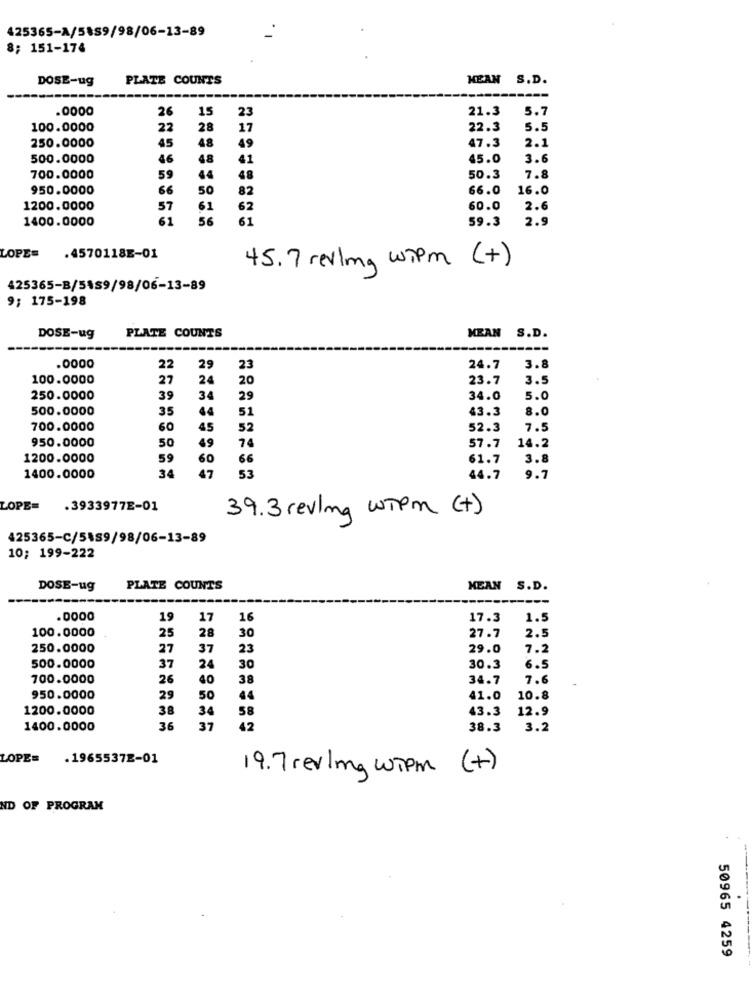
425365-A/5889/98/06-13-89
8; 151-174
DOSE-ug
PLATE COUNTS
MEAN S.D.
.0000
26
15
23
21.3
5.7
100.0000
22
28
17
22.3
5 .!
250.0000
AS
48
49
47.3
2.1
500.0000
46
48
45.0
3.6
59
700.0000
44
50.3
7.8
950.0000
66
50
82
66.0
16.0
1200.0000
57
61
62
60.0
2.6
1400.0000
61
56
61
59.3
2.9
LOPE=
.4570118E-01
45. 7 revling with (+)
425365-B/5489/98/06-13-89
9; 175-198
PLATE COUNTS
MEAN S.D.
DOSE-ug
----
.0000
22
29
23
24.7
3.8
100.0000
27
24
20
23.7
3.5
250.0000
39
34
29
34.0
5.0
500.0000
35
44
51
43.3
8.0
700.0000
60
45
52
52.3
7.5
50
49
14.2
950.0000
74
57.7
1200.0000
59
60
66
61.7
3.8
36
44.7
1400.0000
47
53
9.7
LOPE=
.3933977E-01
39.3 revling wiem (+)
425365-C/5489/98/06-13-89
10; 199-222
DOSE-ug
PLATE COUNTS
MEAN S.D.
--
.0000
19
17
16
17.3
1.5
100.0000
27.7
2.5
25
28
30
250.0000
27
37
23
29.0
7.2
24
500.0000
37
30
30.3
6.5
700.0000
26
40
38
34.7
7.6
950.0000
29
50
44
41.0
10.8
1200.0000
38
34
58
43.3
12.9
1400.0000
36
37
42
38.3
3.2
LOPE=
.19655372-01
19. 7 rev|ma wipm (+)
ND OF PROGRAM
50965 4259